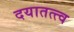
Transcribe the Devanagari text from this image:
दयातत्त्व